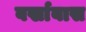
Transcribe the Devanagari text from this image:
वर्खाबास